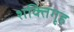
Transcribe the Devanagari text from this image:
शक्तिगृह